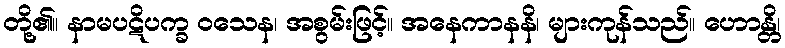
တို့၏။ နာမပဋိပက္ခ ဝသေန၊ အစွမ်းဖြင့်။ အနေကာနနိ၊ များကုန်သည်။ ဟောန္တိ၊